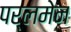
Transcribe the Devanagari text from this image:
पर्लमेन